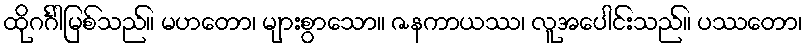
ထိုဂင်္ဂါမြစ်သည်။ မဟတော၊ များစွာသော။ ဇနကာယဿ၊ လူအပေါင်းသည်။ ပဿတော၊